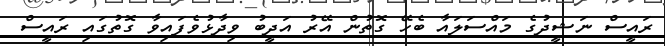
ރައީސް ނަޝީދުގެ މައްސަލައާ ބެހޭ ގޮތުން އޭރު އަދީބު ވިދާޅުވެފައިވާ ގޮތުގައި ރައީސް